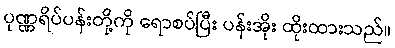
ပုဏ္ဏရိပ်ပန်းတို့ကို ရောစပ်ပြီး ပန်းအိုး ထိုးထားသည်။